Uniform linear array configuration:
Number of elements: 8
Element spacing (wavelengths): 0.5
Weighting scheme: blackman
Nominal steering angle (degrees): -60
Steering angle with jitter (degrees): -61.753
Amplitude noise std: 0.05
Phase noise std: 0.05

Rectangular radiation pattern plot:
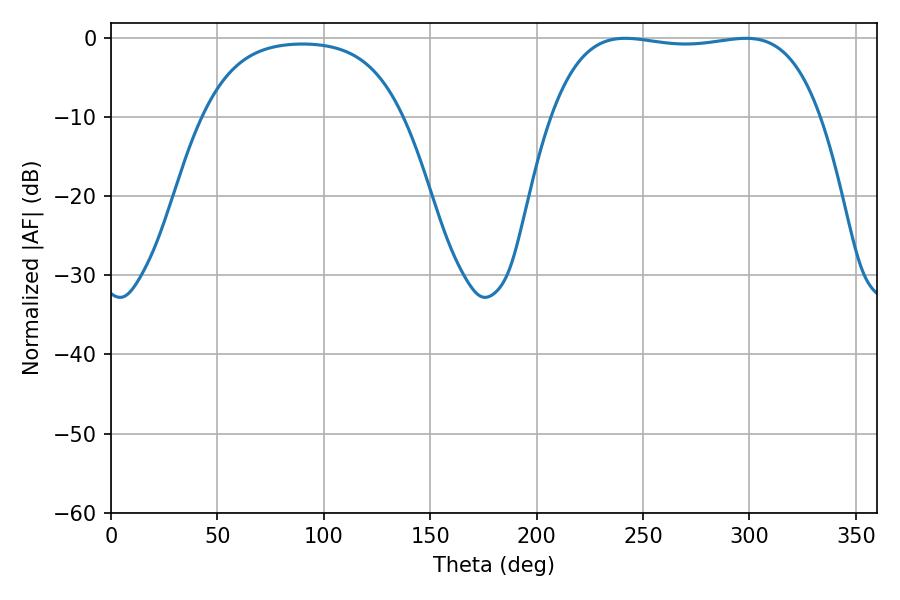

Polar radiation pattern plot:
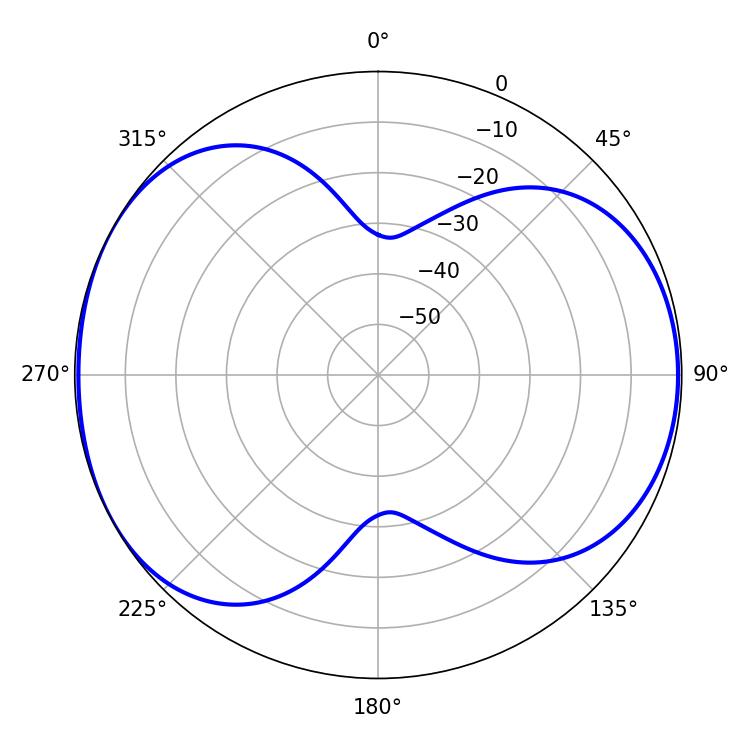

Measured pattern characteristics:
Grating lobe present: FALSE
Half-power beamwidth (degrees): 100.44
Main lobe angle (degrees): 241.56